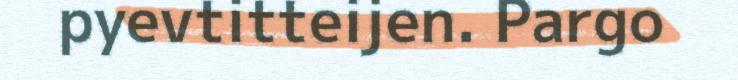
pyevtitteijen. Pargo